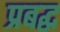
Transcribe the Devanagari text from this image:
प्रबद्ध